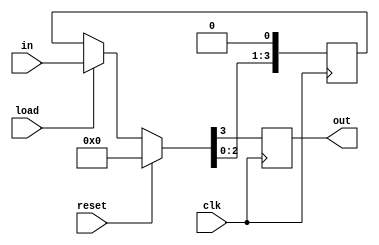
module pal_se_4bits(clk, reset, load, in, out);
	input clk, reset, load;
	input[3:0] in;
	output reg out;
	reg[3:0] buff; // 

	always @ (posedge clk)
	begin
		if (reset) buff = 4'b0; // 
		else if (load) buff = in; // 
		// 
		out = buff[3];
		buff <= buff<<1; // 
	end
endmodule